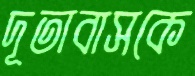
দূতাবাসকে